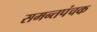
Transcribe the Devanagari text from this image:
समन्तपंचक